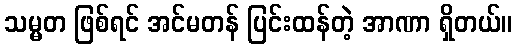
သမ္မတ ဖြစ်ရင် အင်မတန် ပြင်းထန်တဲ့ အာဏာ ရှိတယ်။